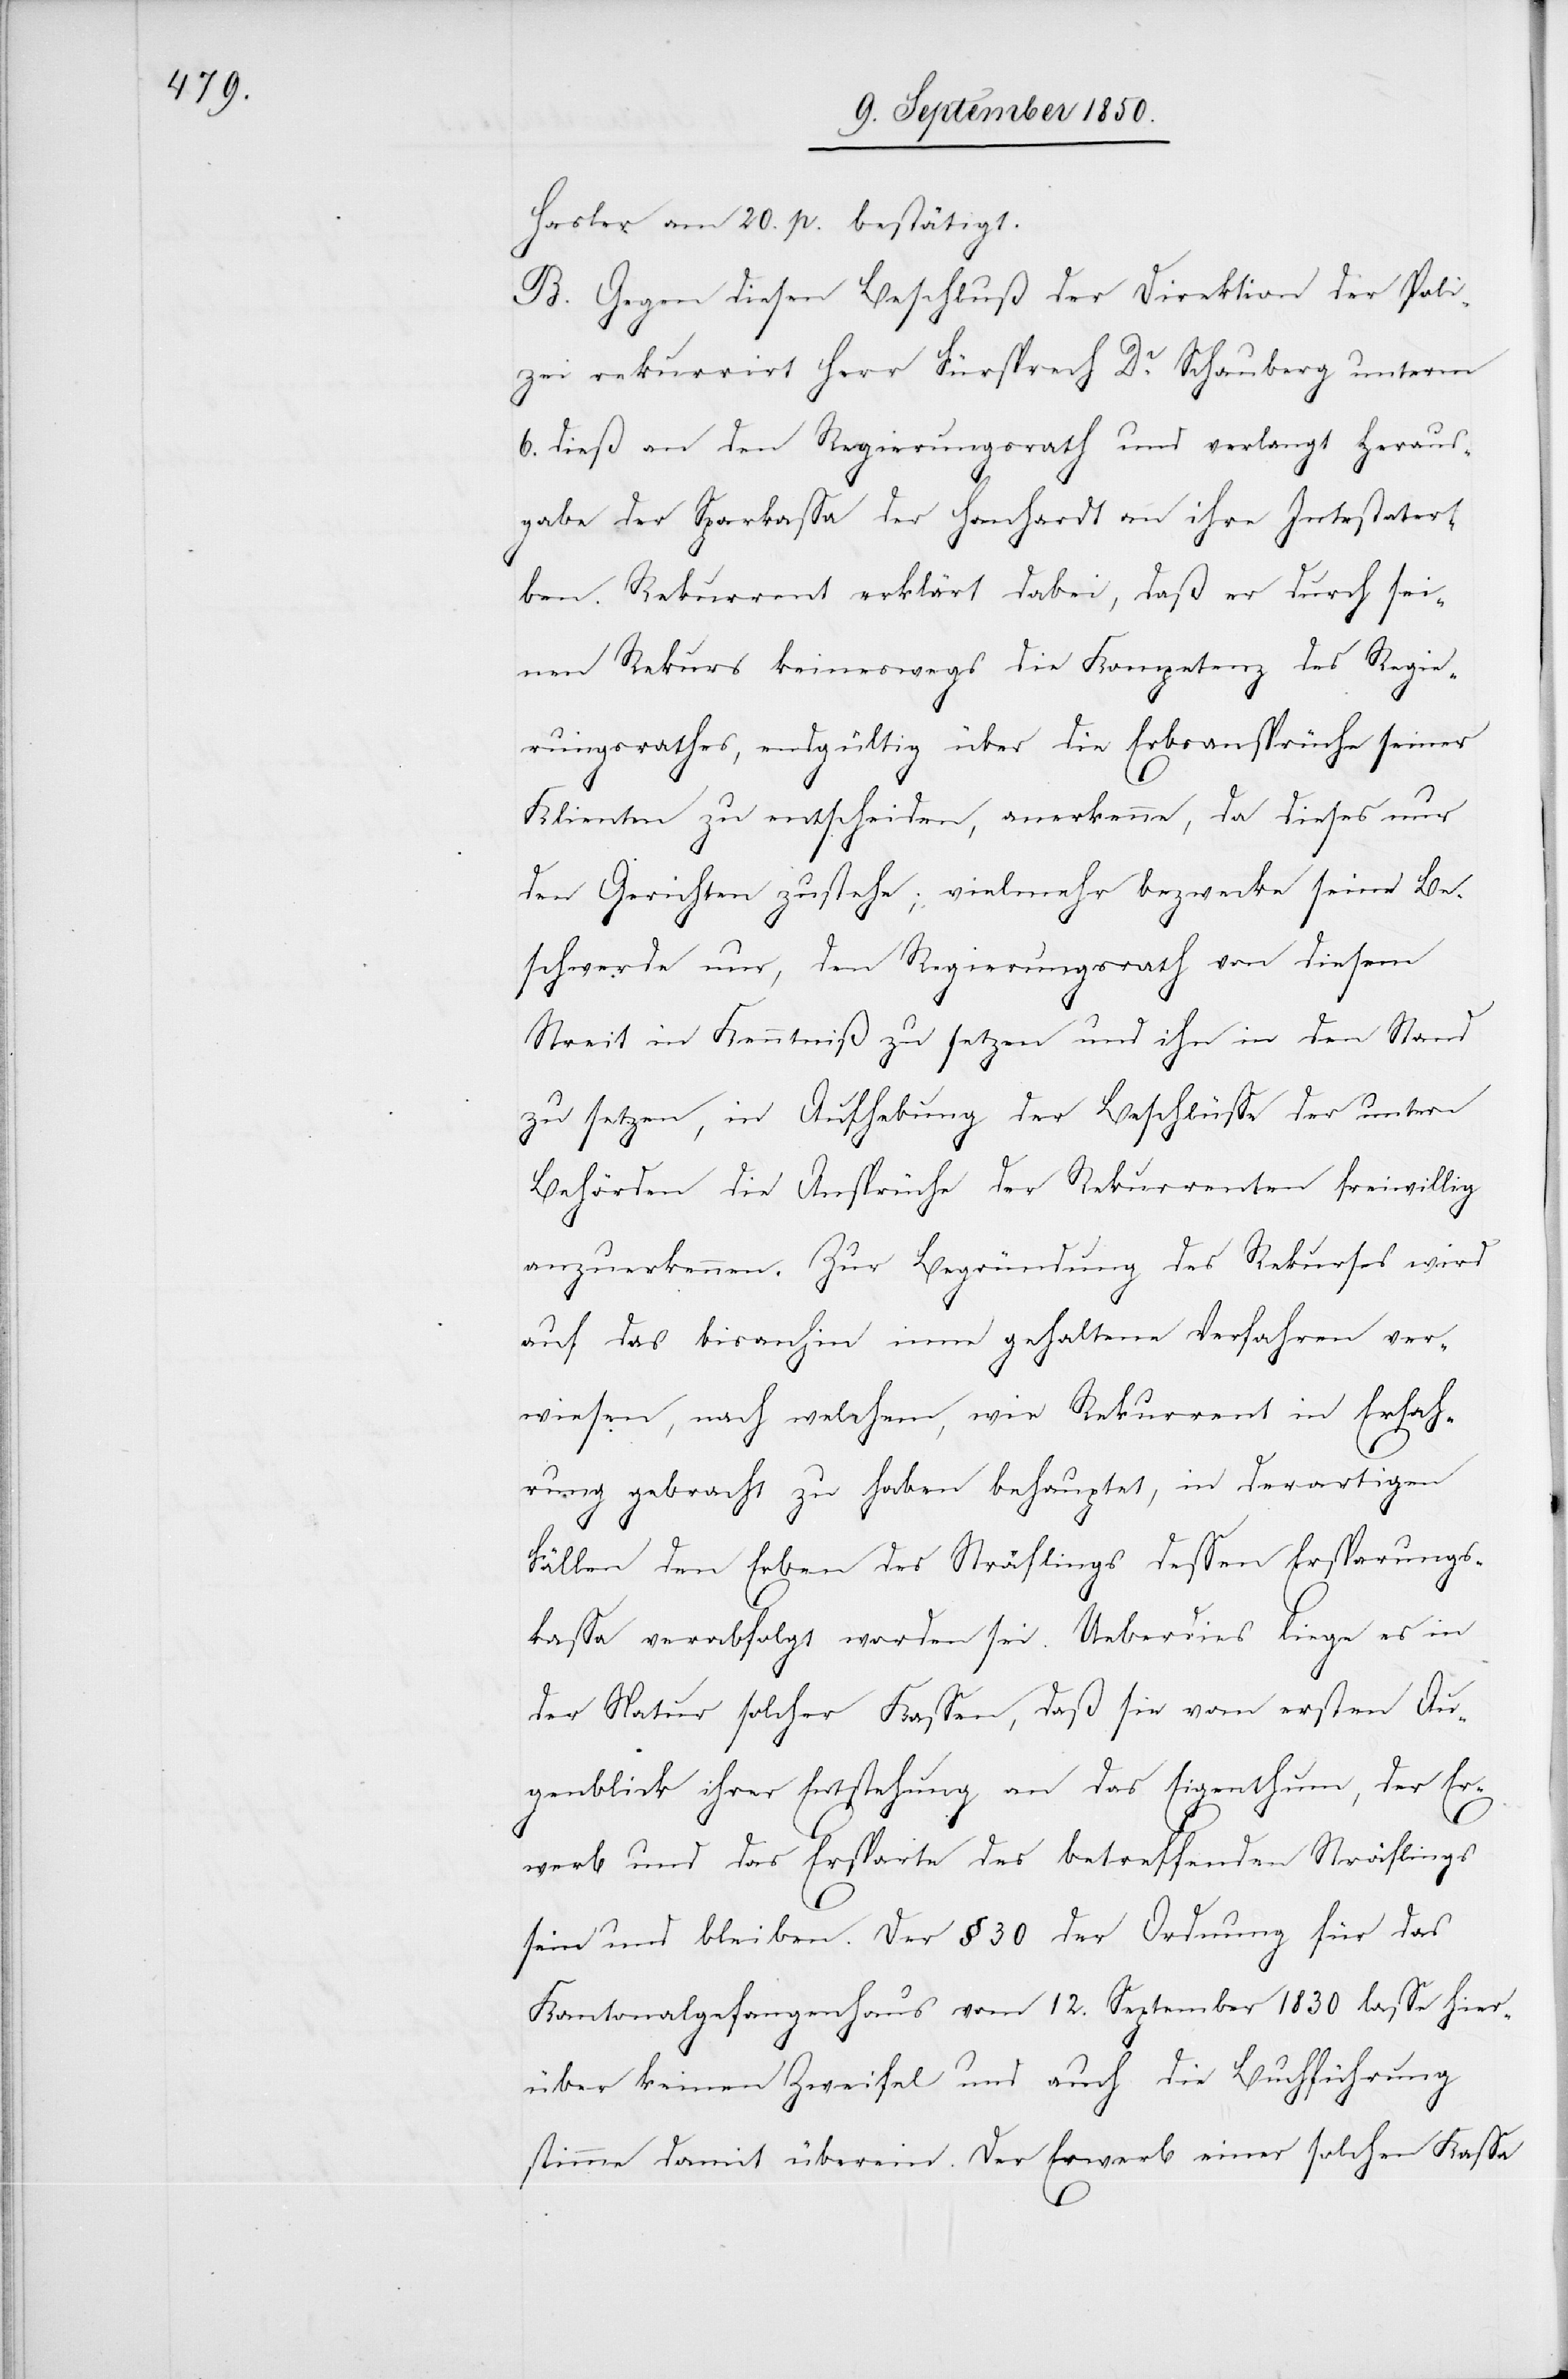
Hasler am 20. p. bestätigt.
B. Gegen diesen Beschluß der Direktion der Poli¬
zei rekurrirt Herr Fürsprech Dr. Schauberg unterm
6. dieß an den Regierungsrath und verlangt Heraus¬
gabe der Sparkassa der Hanhardt an ihre Intestater¬
ben. Rekurrent erklärt dabei, daß er durch sei¬
nen Rekurs keineswegs die Kompetenz des Regie¬
rungsrathes, endgültig über die Erbsansprüche seiner
Klienten zu entscheiden, anerkenne, da dieses nur
den Gerichten zustehe; vielmehr bezwecke seine Be¬
schwerde nur, den Regierungsrath von diesem
Streit in Kenntniß zu setzen und ihn in den Stand
zu setzen, in Aufhebung der Beschlüsse der untern
Behörden die Ansprüche der Rekurrenten freiwillig
anzuerkennen. Zur Begründung des Rekurses wird
auf das bisanhin inne gehaltene Verfahren ver¬
wiesen, nach welchem, wie Rekurrent in Erfah¬
rung gebracht zu haben behauptet, in derartigen
Fällen den Erben des Sträflings dessen Ersparungs¬
kassa verabfolgt worden sei. Ueberdies liege es in
der Natur solcher Kassen, daß sie vom ersten Au¬
genblick ihrer Entstehung an das Eigenthum, der Er¬
werb und das Ersparte des betreffenden Sträflings
sei[e]n und bleiben. Der § 30 der Ordnung für das
Kantonalgefangenhaus vom 12. September 1830 lasse hier¬
über keinen Zweifel und auch die Buchführung
stimme damit überein. Der Erwerb einer solchen Kassa